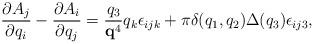
LaTeX: \begin{align*}\frac{\partial A_{j}}{\partial q_{i}}-\frac{\partial A_{i}}{\partial q_{j}}=\frac{q_{3}}{{\bf q}^{4}}q_{k} \epsilon_{ijk}+\pi\delta(q_{1}, q_{2})\Delta(q_{3})\epsilon_{ij3},\end{align*}